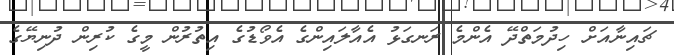
ޗައިނާއަށް ހިދުމަތްދޭ އެންމެ ރަނގަޅު އެއާލައިންގެ އެވޯޑުގެ އިތުރުން މީގެ ކުރިން ދުނިޔޭގެ